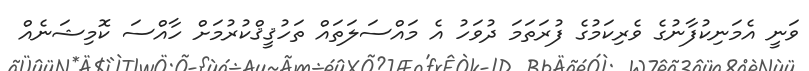
ވަނީ އެމަނިކުފާނުގެ ވެރިކަމުގެ ފުރަތަމަ ދުވަހު އެ މައްސަލަތައް ތަހުޤީޤްކުރުމަށް ހާއްސަ ކޮމިޝަނެއް